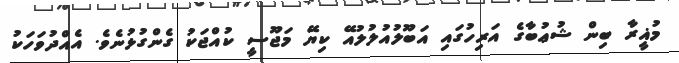
މުޣީރާ ބިން ޝުޢުބާގެ އަރިހުގައި އަބޫލުއުލުލުއޭ ކިޔޭ މަޖޫސީ ކުއްޖަކު ގެންގުޅުނެވެ. އެއްދުވަހަކު